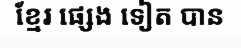
ខ្មែរ ផ្សេង ទៀត បាន